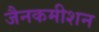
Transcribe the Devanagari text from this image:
जैनकमीशन